Vabadussoja_Ajaloo_Komitee, lk 8
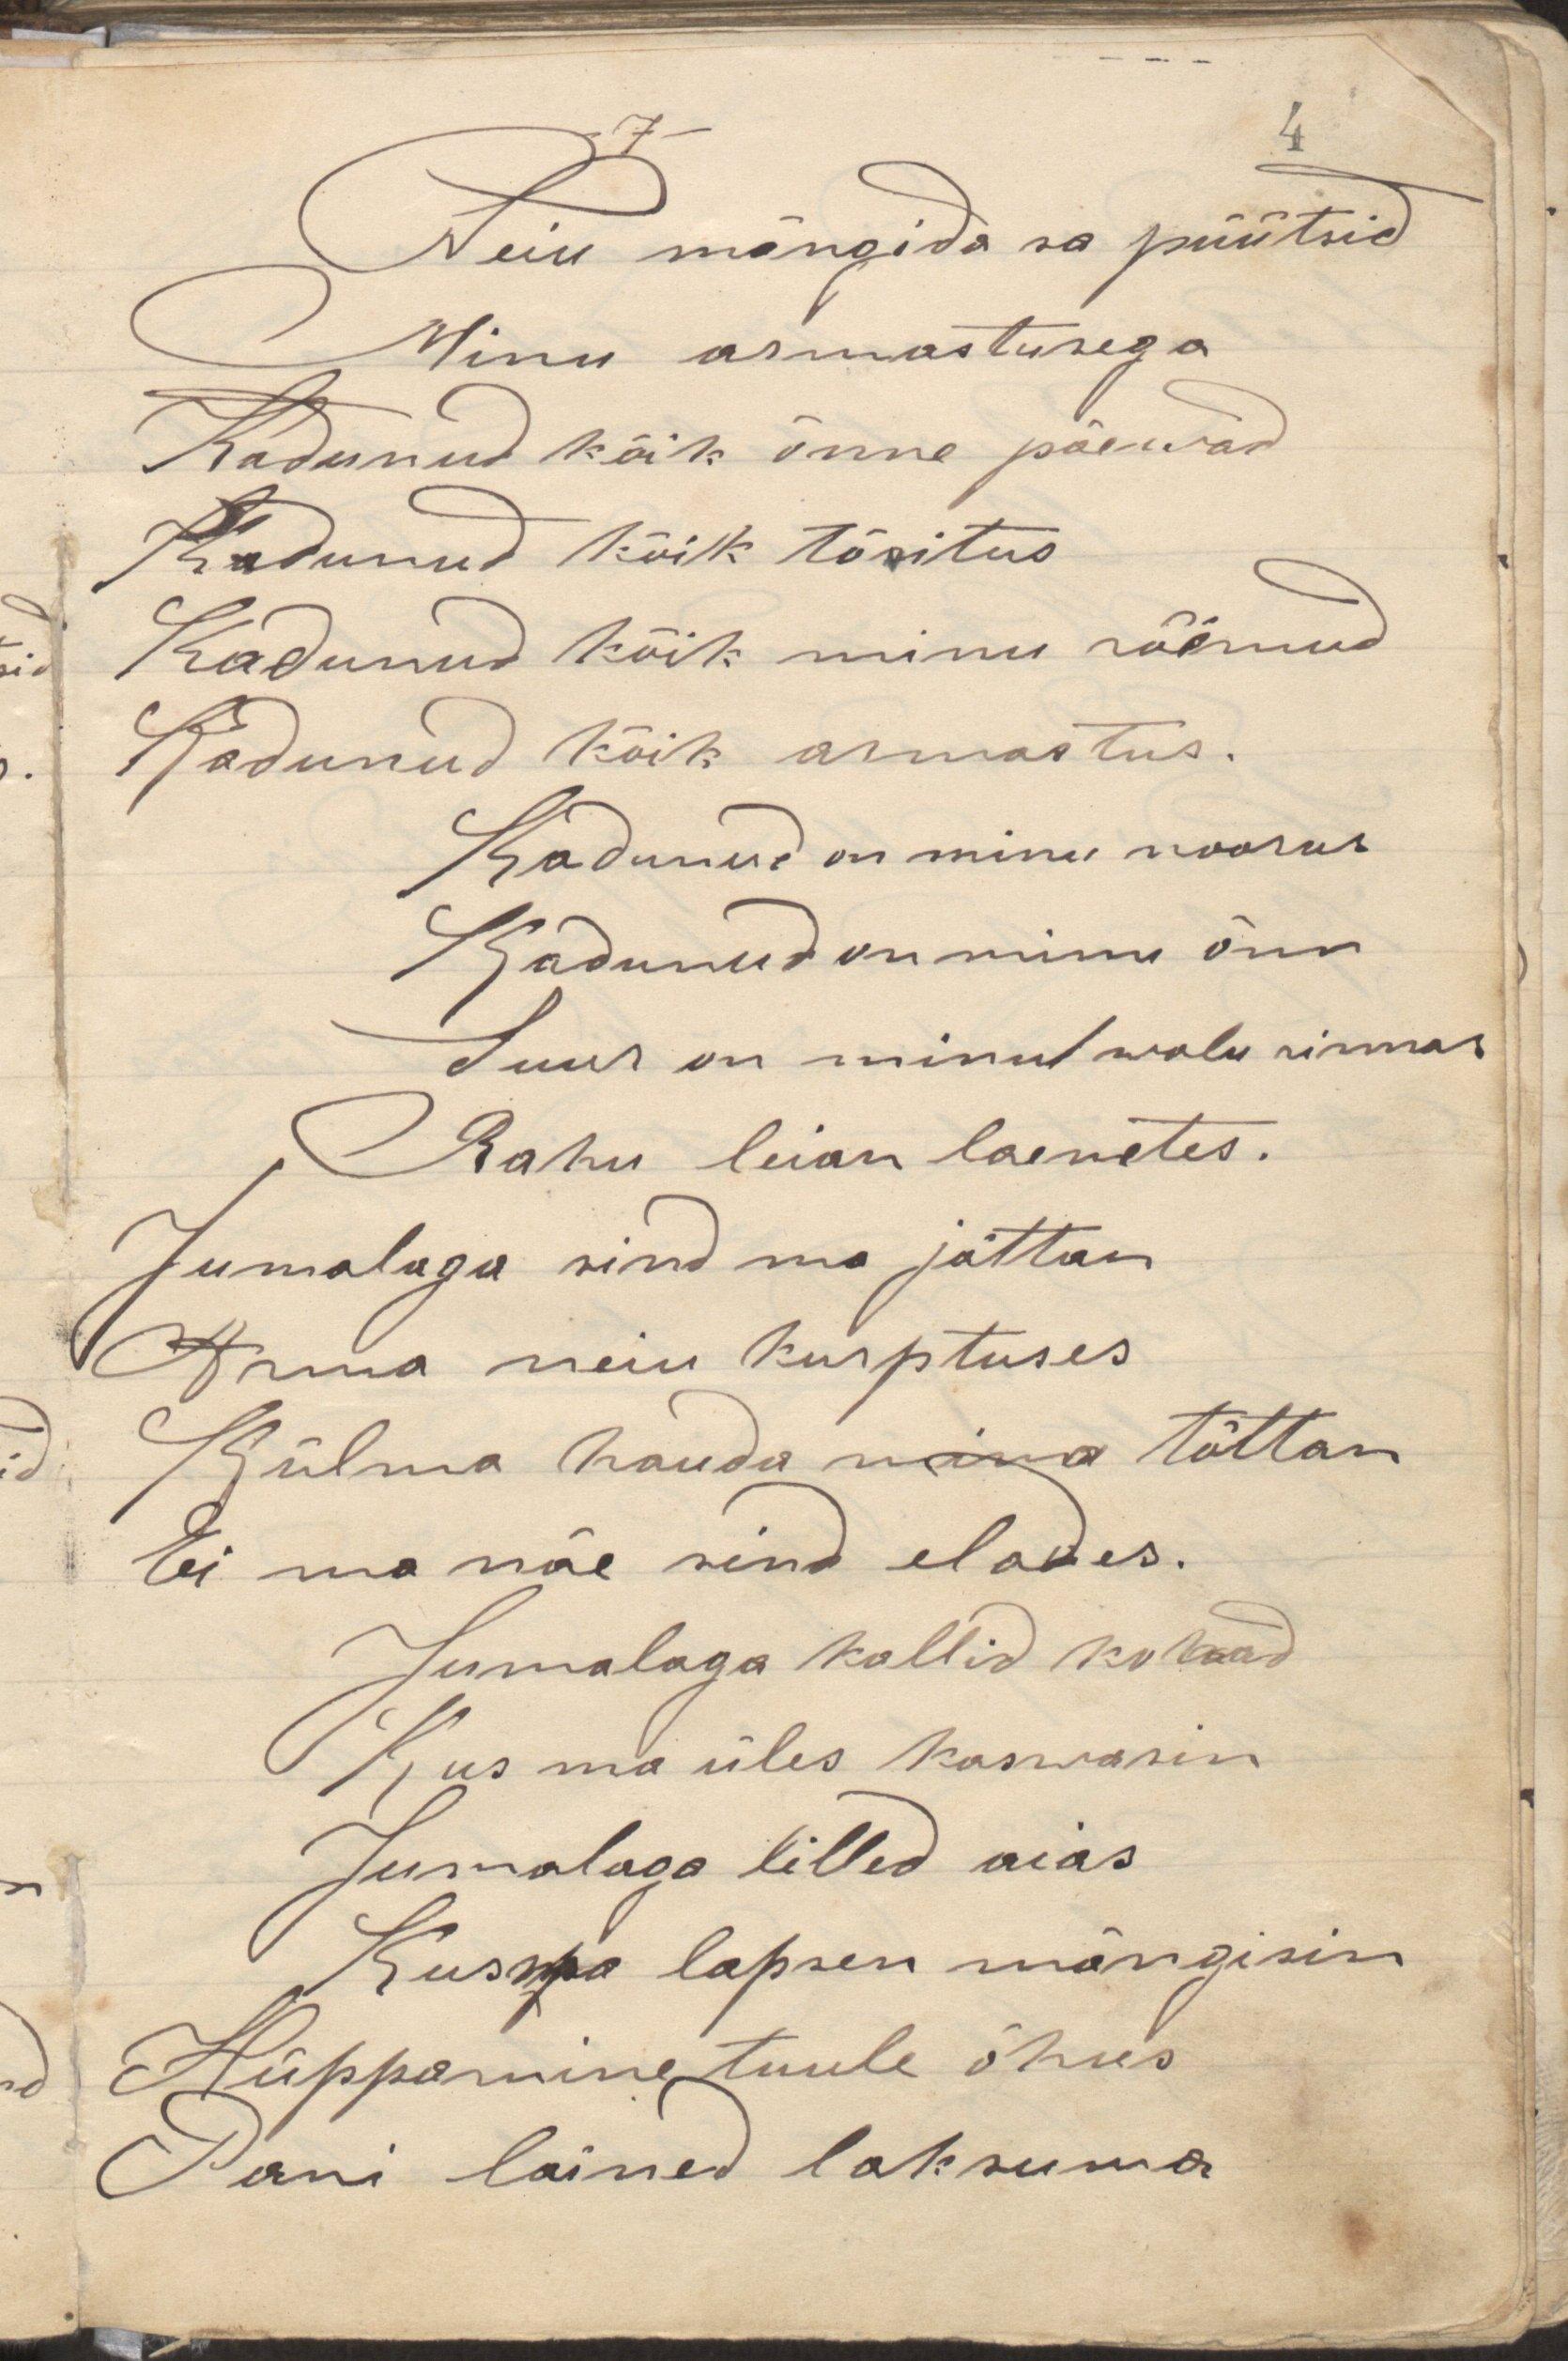
Neiu mängida sa püütsid
Minu armastusega
Kadunud kõik õnne päewad
Kadunud kõik tõsitus
Kadunud kõik minu rõõmud
Kadunud kõik armastus.
Kadunud on minu noorus
Kadunud on minu õnn
Suur on minul walu rinnas
Rahu leian laenetes.
Jumalaga sind ma jättan
Armsa neiu kurptuses
Külma hauda mina tõttan
Ei ma näe sind elades.
Jumalaga kallid kohad
Kus ma üles kaswasin
Jumalaga lilled aias
Kus ma lapsen mängisin
Hüppamine tuule õhus
Pani lained laksuma